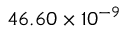
4 6 . 6 0 \times 1 0 ^ { - 9 }